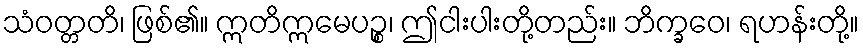
သံဝတ္တတိ၊ ဖြစ်၏။ ဣတိဣမေပဉ္စ၊ ဤငါးပါးတို့တည်း။ ဘိက္ခဝေ၊ ရဟန်းတို့။